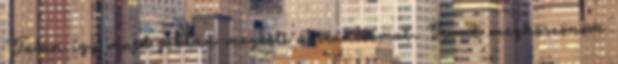
Talán így majd jobban megérti a reakciómat. Ismét megköszönöm